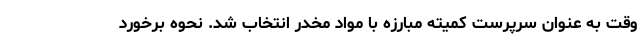
وقت به عنوان سرپرست کمیته مبارزه با مواد مخدر انتخاب شد. نحوه برخورد